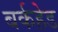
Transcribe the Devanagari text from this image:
बर्कहेड